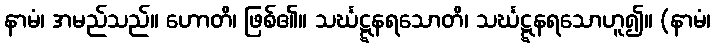
နာမံ၊ အမည်သည်။ ဟောတိ၊ ဖြစ်၏။ သင်္ဃဋ္ဋနရသောတိ၊ သင်္ဃဋ္ဋနရသောဟူ၍။ (နာမံ၊